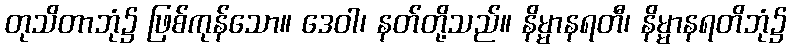
တုသိတာဘုံ၌ ဖြစ်ကုန်သော။ ဒေဝါ၊ နတ်တို့သည်။ နိမ္မာနရတီ၊ နိမ္မာနရတိဘုံ၌